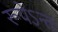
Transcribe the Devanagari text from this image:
रूपेऽन्तः